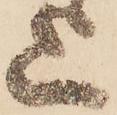
上